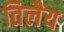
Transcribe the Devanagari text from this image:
तिलैय